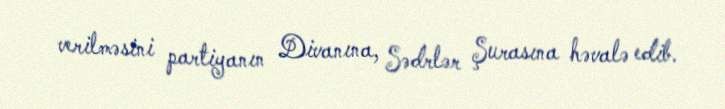
verilməsini partiyanın Divanına, Sədrlər Şurasına həvalə edib.